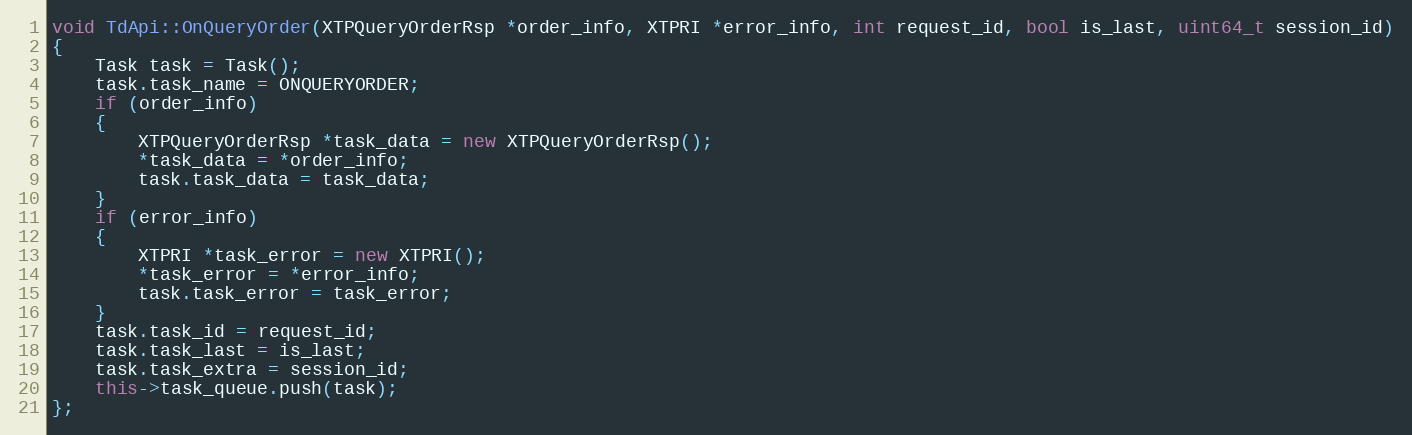
Language: C++
void TdApi::OnQueryOrder(XTPQueryOrderRsp *order_info, XTPRI *error_info, int request_id, bool is_last, uint64_t session_id)
{
	Task task = Task();
	task.task_name = ONQUERYORDER;
	if (order_info)
	{
		XTPQueryOrderRsp *task_data = new XTPQueryOrderRsp();
		*task_data = *order_info;
		task.task_data = task_data;
	}
	if (error_info)
	{
		XTPRI *task_error = new XTPRI();
		*task_error = *error_info;
		task.task_error = task_error;
	}
	task.task_id = request_id;
	task.task_last = is_last;
	task.task_extra = session_id;
	this->task_queue.push(task);
};